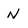
Character: N